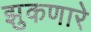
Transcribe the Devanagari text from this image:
झुकणारे